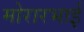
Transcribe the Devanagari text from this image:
मोरारभाई